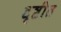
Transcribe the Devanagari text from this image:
दृष्टीत